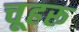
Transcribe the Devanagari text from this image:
चूहरू